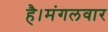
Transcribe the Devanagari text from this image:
है।मंगलवार